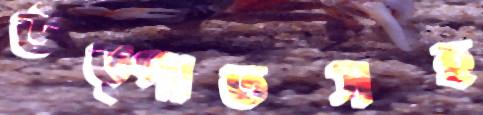
উত্পাতসহ